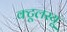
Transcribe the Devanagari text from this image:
क्टूलस्यू